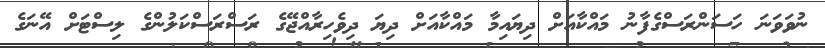
ނުވަވަނަ ހަސަންރަސްގެފާނު މައްކާއަށް ދިޔައިމާ މައްކާއަށް ދިޔަ ދިވެހިރާއްޖޭގެ ރަސްރަސްކަލުންގެ ލިސްޓަށް އޭނަގެ